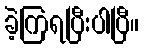
ခဲ့ကြရပြီးပါပြီ။